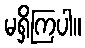
မရှိကြပါ။